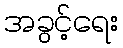
အခွင့်ရေး